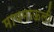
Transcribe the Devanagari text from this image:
मायमाऊली